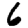
Digit: 6